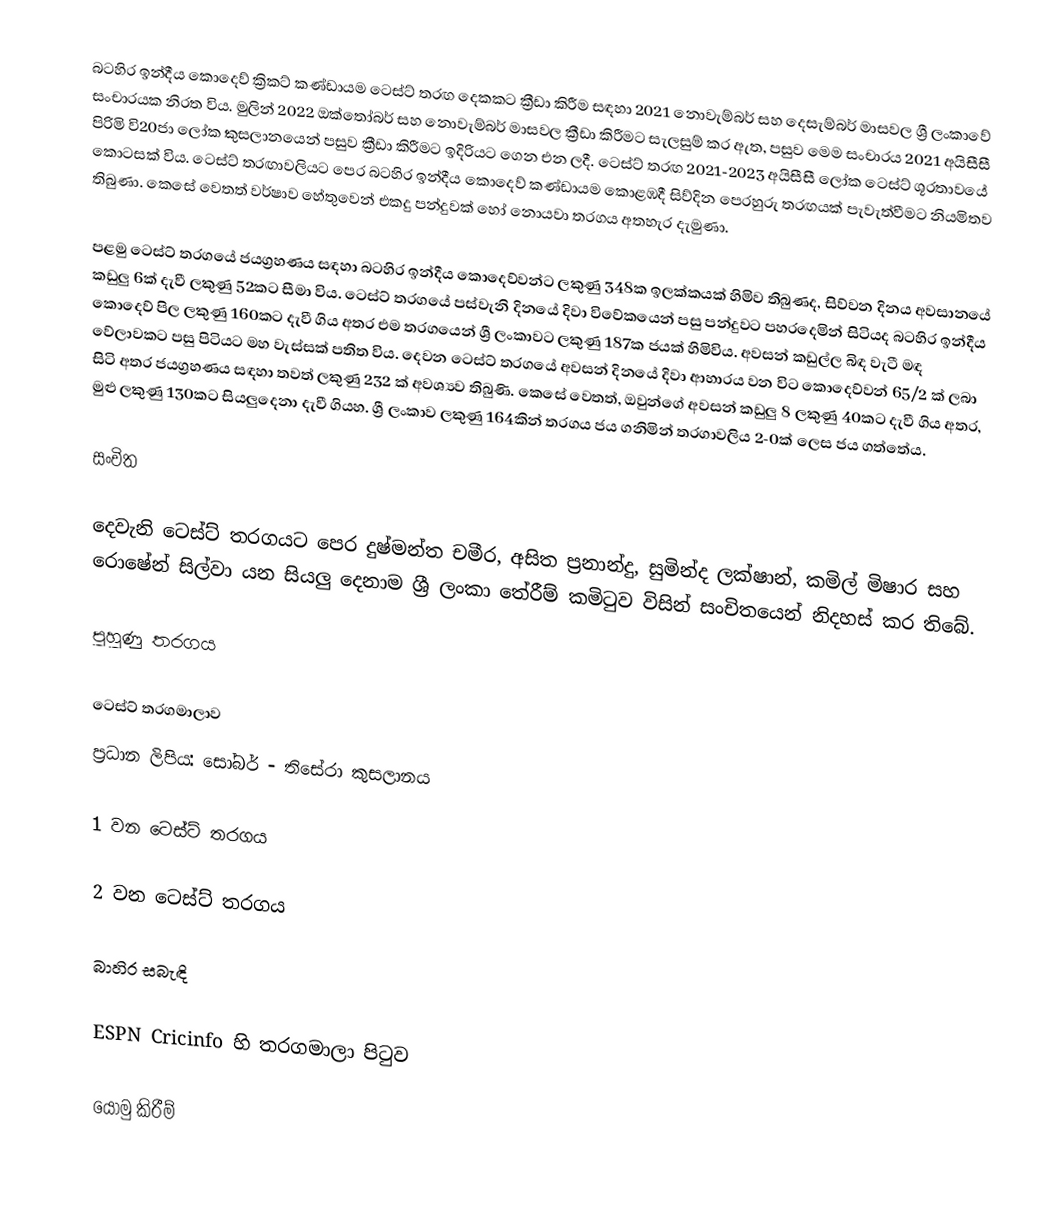
බටහිර ඉන්දීය කොදෙව් ක්‍රිකට් කණ්ඩායම ටෙස්ට් තරඟ දෙකකට ක්‍රීඩා කිරීම සඳහා 2021 නොවැම්බර් සහ දෙසැම්බර් මාසවල ශ්‍රී ලංකාවේ සංචාරයක නිරත විය. මුලින් 2022 ඔක්තෝබර් සහ නොවැම්බර් මාසවල ක්‍රීඩා කිරීමට සැලසුම් කර ඇත, පසුව මෙම සංචාරය 2021 අයිසීසී පිරිමි වි20ජා ලෝක කුසලානයෙන් පසුව ක්‍රීඩා කිරීමට ඉදිරියට ගෙන එන ලදී. ටෙස්ට් තරඟ 2021-2023 අයිසීසී ලෝක ටෙස්ට් ශූරතාවයේ කොටසක් විය. ටෙස්ට් තරඟාවලියට පෙර බටහිර ඉන්දීය කොදෙව් කණ්ඩායම කොළඹදී සිව්දින පෙරහුරු තරඟයක් පැවැත්වීමට නියමිතව තිබුණා. කෙසේ වෙතත් වර්ෂාව හේතුවෙන් එකදු පන්දුවක් හෝ නොයවා තරගය අතහැර දැමුණා.

පළමු ටෙස්ට් තරගයේ ජයග්‍රහණය සඳහා බටහිර ඉන්දීය කොදෙව්වන්ට ලකුණු 348ක ඉලක්කයක් හිමිව තිබුණද, සිව්වන දිනය අවසානයේ කඩුලු 6ක් දැවී ලකුණු 52කට සීමා විය. ටෙස්ට් තරගයේ පස්වැනි දිනයේ දිවා විවේකයෙන් පසු පන්දුවට පහරදෙමින් සිටියද බටහිර ඉන්දීය කොදෙව් පිල ලකුණු 160කට දැවී ගිය අතර එම තරගයෙන් ශ්‍රී ලංකාවට ලකුණු 187ක ජයක් හිමිවිය. අවසන් කඩුල්ල බිඳ වැටී මඳ වේලාවකට පසු පිටියට මහ වැස්සක් පතිත විය. දෙවන ටෙස්ට් තරගයේ අවසන් දිනයේ දිවා ආහාරය වන විට කොදෙව්වන් 65/2 ක් ලබා සිටි අතර ජයග්‍රහණය සඳහා තවත් ලකුණු 232 ක් අවශ්‍යව තිබුණි. කෙසේ වෙතත්, ඔවුන්ගේ අවසන් කඩුලු 8 ලකුණු 40කට දැවී ගිය අතර, මුළු ලකුණු 130කට සියලුදෙනා දැවී ගියහ. ශ්‍රී ලංකාව ලකුණු 164කින් තරගය ජය ගනිමින් තරගාවලිය 2-0ක් ලෙස ජය ගත්තේය.

සංචිත

දෙවැනි ටෙස්ට් තරගයට පෙර දුෂ්මන්ත චමීර, අසිත ප්‍රනාන්දු, සුමින්ද ලක්ෂාන්, කමිල් මිෂාර සහ රොෂේන් සිල්වා යන සියලු දෙනාම ශ්‍රී ලංකා තේරීම් කමිටුව විසින් සංචිතයෙන් නිදහස් කර තිබේ.

පුහුණු තරගය

ටෙස්ට් තරගමාලාව
ප්‍රධාන ලිපිය: සෝබර් - තිසේරා කුසලානය

1 වන ටෙස්ට් තරගය

2 වන ටෙස්ට් තරගය

බාහිර සබැඳි

 ESPN Cricinfo හි තරගමාලා පිටුව

යොමු කිරීම්